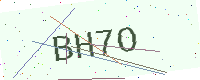
Text: BH7O